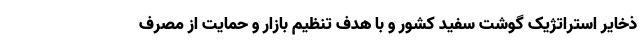
ذخایر استراتژیک گوشت سفید کشور و با هدف تنظیم بازار و حمایت از مصرف